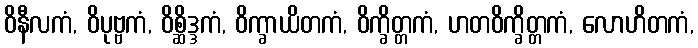
ဝိနီလကံ, ဝိပုဗ္ဗကံ, ဝိစ္ဆိဒ္ဒကံ, ဝိက္ခာယိတကံ, ဝိက္ခိတ္တကံ, ဟတဝိက္ခိတ္တကံ, လောဟိတကံ,